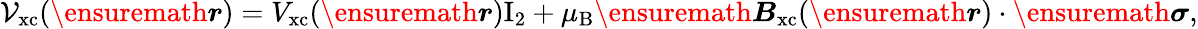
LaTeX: \mathcal{V}_{\mathrm{xc}}(\ensuremath{\boldsymbol{r}})=V_{\mathrm{xc}}(\ensuremath{\boldsymbol{r}})\mathrm{I}_{2}+\mu_{\mathrm{B}}\ensuremath{\boldsymbol{B}}_{\mathrm{xc}}(\ensuremath{\boldsymbol{r}})\cdot\ensuremath{\boldsymbol{\sigma}},